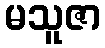
မသူဇာ